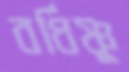
বর্ধিষ্ণু